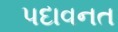
પદાવનત